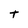
Character: t